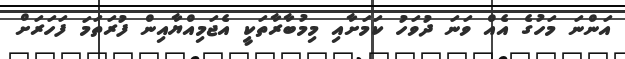
އަންނަ މަހުގެ އެއް ވަނަ ދުވަހު ކަމަށާއި މިމުބާރާތަކީ އެޖަމިއްޔާއިން ފުރަތަމަ ފަހަރަށް